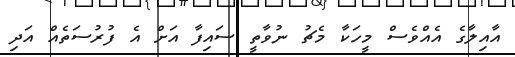
އާއިލާގެ އެއްވެސް މީހަކާ މެޗު ނުވާތީ ސައިފާ އަށް އެ ފުރުސަތެއް އަދި